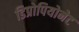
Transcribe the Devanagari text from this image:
डिप्रोपियोनेट